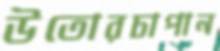
উতোরচাপান